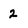
Character: 2